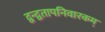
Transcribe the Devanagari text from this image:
द्वन्द्वतापनिवारकम्